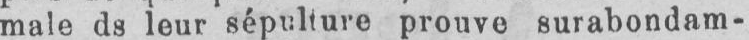
male de leur sépulture prouve surabondam-